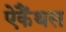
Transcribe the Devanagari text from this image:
ऐकैंथस